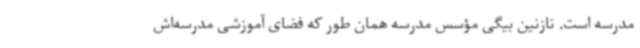
مدرسه است. نازنین بیگی مؤسس مدرسه همان طور که فضای آموزشی مدرسه‌اش